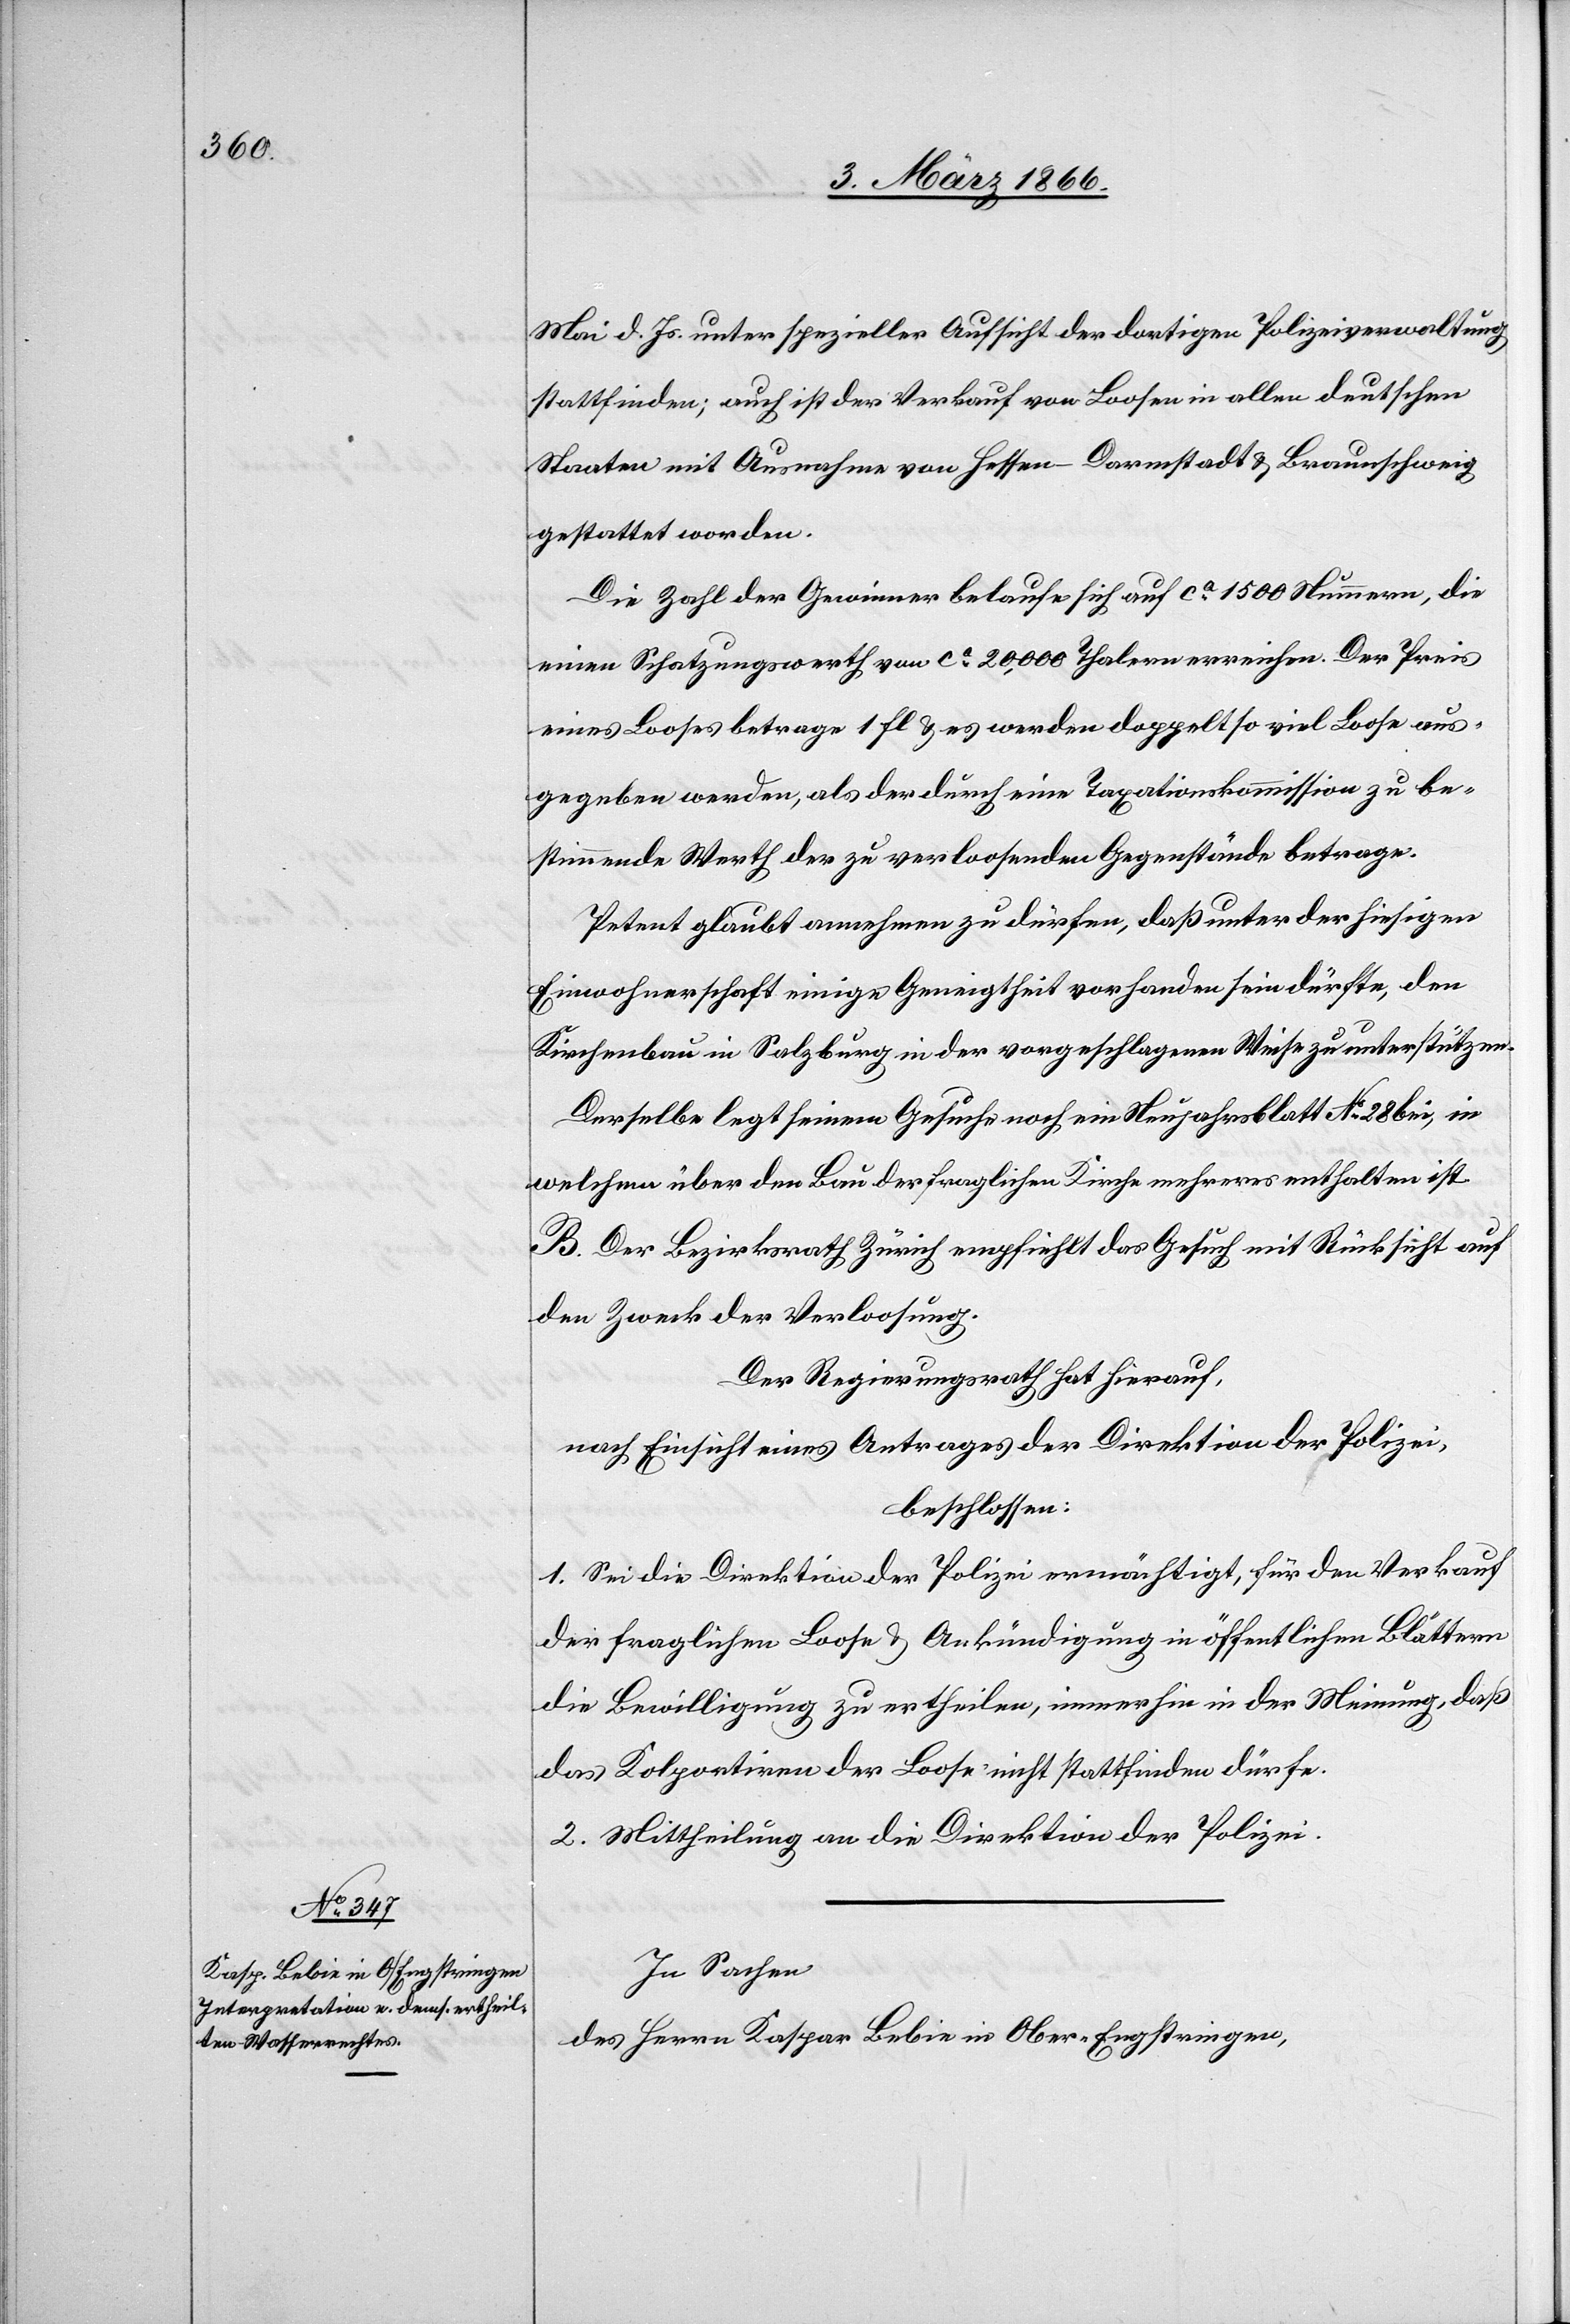
Mai d. Js. unter spezieller Aufsicht der dortigen Polizeiverwaltung
stattfinden; auch ist der Verkauf von Loosen in allen deutschen
Staaten mit Ausnahme von Hessen–Darmstadt u. Braunschweig
gestattet worden.
Die Zahl der Gewinner belaufe sich auf ca. 1500 Nummern, die
einen Schatzungswerth von ca. 20 000 Thalern erreichen. Der Preis
eines Looses betrage 1 fl u. es werden doppelt so viel Loose aus¬
gegeben werden, als der durch eine Taxationskommission zu be¬
stimmende Werth der zu verloosenden Gegenstände betrage.
Petent glaubt annehmen zu dürfen, daß unter der hiesigen
Einwohnerschaft einige Geneigtheit vorhanden sein dürfte, den
Kirchenbau in Salzburg in der vorgeschlagenen Weise zu unterstützen.
Derselbe legt seinem Gesuch noch ein Neujahrsblatt No. 28 bei, in
welchem über den Bau der fraglichen Kirche mehreres enthalten ist.
B. Der Bezirksrath Zürich empfiehlt das Gesuch mit Rücksicht auf
den Zweck der Verloosung.
Der Regierungsrath hat hierauf,
nach Einsicht eines Antrages der Direktion der Polizei,
beschlossen:
1. Sei die Direktion der Polizei ermächtigt, für den Verkauf
der fraglichen Loose u. Ankündigungen in öffentlichen Blättern
die Bewilligung zu ertheilen, immer in der Meinung, daß
das Kolportiren der Loose nicht stattfinden dürfe.
2. Mittheilung an die Direktion der Polizei.
In Sachen
des Herrn Kaspar Bebin in Ober-Engstringen,